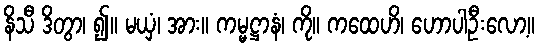
နိသီ ဒိတွာ၊ ၍။ မယှံ၊ အား။ ကမ္မဋ္ဌာနံ၊ ကို။ ကထေဟိ၊ ဟောပါဦးလော့။